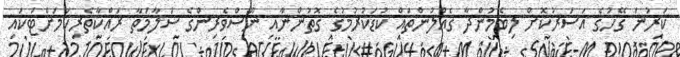
ކަރުނަ ގޭހުގެ އަސަރުކޮށް ލިބެމުންދާ ގެއްލުންތައް ކުޑަކުރުމުގެ ގޮތުންނާއި ނޫސްވެރިންގެ ސަލާމަތާ ރައްކާތެރިކަމަށްޓަކައި